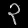
Digit: ၃